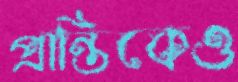
প্রান্তিকেও